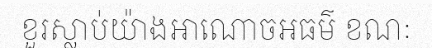
ខួរស្លាប់យ៉ាងអាណោចអធម៌ ខណៈ